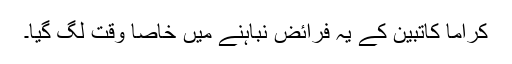
کراماً کاتبین کے یہ فرائض نباہنے میں خاصا وقت لگ گیا۔